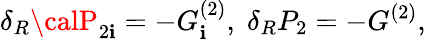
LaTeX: \delta_{R}{\calP}_{2\mathbf{i}}=-G_{\mathbf{i}}^{(2)},\; \delta_{R}P_{2}=-G^{(2)},